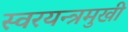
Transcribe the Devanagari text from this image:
स्वरयन्त्रमुखी